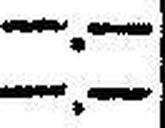
—.—